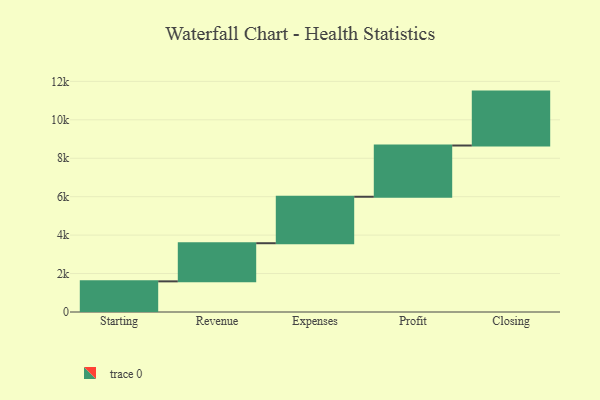
{"axis": {"x": "Step", "y": "Value"}, "legend": [""], "data": [{"x": "Starting", "y": 1595.0, "type": ""}, {"x": "Revenue", "y": 1984.0, "type": ""}, {"x": "Expenses", "y": 2418.0, "type": ""}, {"x": "Profit", "y": 2666.0, "type": ""}, {"x": "Closing", "y": 2805.0, "type": ""}]}